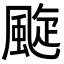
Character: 颴